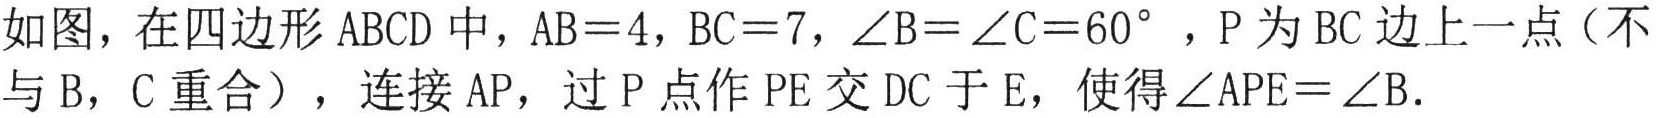
如图，在四边形 \(ABCD\) 中，\(AB = 4\)，\(BC = 7\)，\(\angle B=\angle C = 60^{\circ}\)，\(P\) 为 \(BC\) 边上一点（不
与 \(B\)，\(C\) 重合），连接 \(AP\)，过 \(P\) 点作 \(PE\) 交 \(DC\) 于 \(E\)，使得\(\angle APE=\angle B\).